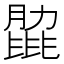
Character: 𦟭